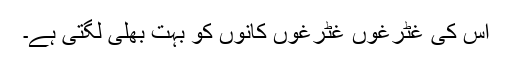
اس کی غٹرغوں غٹرغوں کانوں کو بہت بھلی لگتی ہے۔